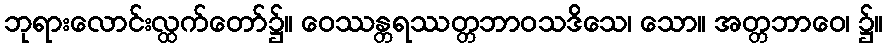
ဘုရားလောင်းလ္ထက်တော်၌။ ဝေဿန္တရဿတ္တဘာဝသဒိသေ၊ သော။ အတ္တဘာဝေ၊ ၌။